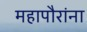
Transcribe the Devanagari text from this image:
महापौरांना